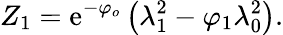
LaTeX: {Z}_{1}=\mathrm{e}^{-\varphi_{o}}\left(\lambda_{1}^{2}-\varphi_{1}\lambda_{0}^{2}\right).